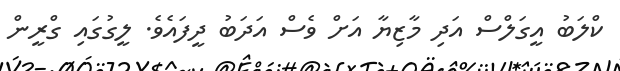
ކްލަބު އީގަލްސް އަދި މާޒިޔާ އަށް ވެސް އަދަބު ދީފައެވެ. ލީގުގައި ގްރީން